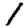
Digit: 1